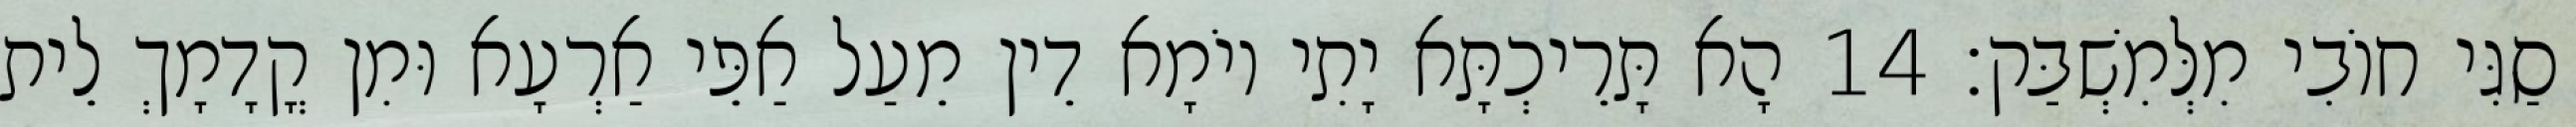
סַגִּי חוֹבִי מִלְּמִשְׁבַּק׃ 14 הָא תָּרֵיכְתָּא יָתִי יוֹמָא דֵין מֵעַל אַפֵּי אַרְעָא וּמִן קֳדָמָךְ לֵית